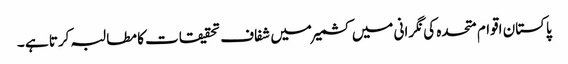
پاکستان اقوام متحدہ کی نگرانی میں کشمیر میں شفاف تحقیقات کا مطالبہ کرتا ہے ۔